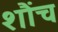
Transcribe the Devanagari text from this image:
शौंच